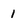
Character: 1